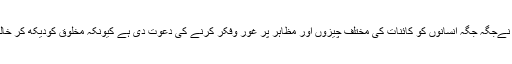
اسی لیے قرآن کریم میں اللہ تعالیٰ نےجگہ جگہ انسانوں کو کائنات کی مختلف چیزوں اور مظاہر پر غور وفکر کرنے کی دعوت دی ہے کیونکہ مخلوق کودیکھ کر خالق کی جانب خیال ضرورجاتاہے ۔